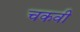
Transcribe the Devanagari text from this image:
चकवी